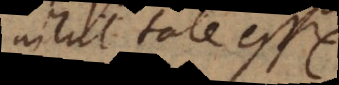
nihil tale esse